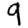
Digit: 9